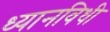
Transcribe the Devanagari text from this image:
ध्यानविधी